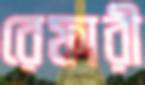
রেফারী